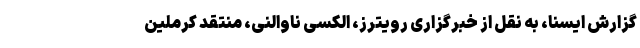
گزارش ایسنا، به نقل از خبرگزاری رویترز، الکسی ناوالنی، منتقد کرملین